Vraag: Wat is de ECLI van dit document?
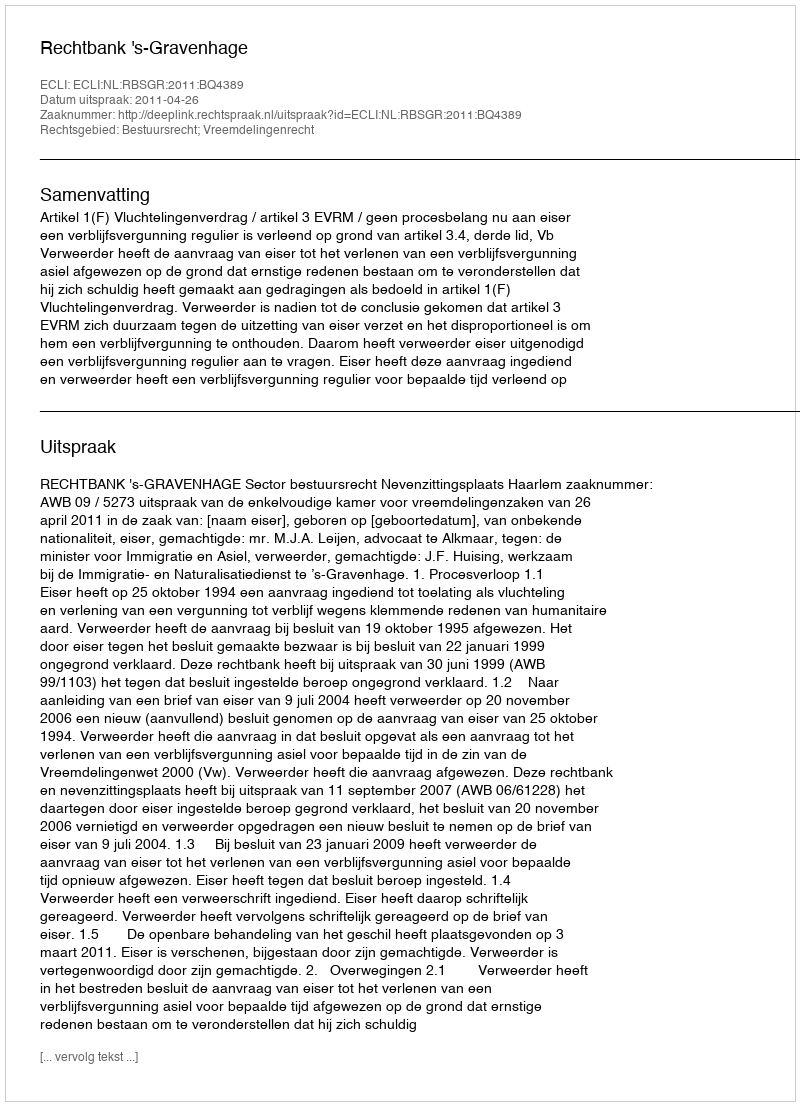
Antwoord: ECLI:NL:RBSGR:2011:BQ4389